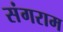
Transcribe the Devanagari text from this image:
संगराम